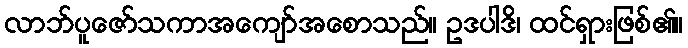
လာဘ်ပူဇော်သကာအကျော်အစောသည်။ ဥဒပါဒိ၊ ထင်ရှားဖြစ်၏။